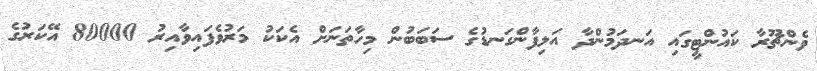
ވެންޗޫރާ ކައުންޓީގައި އަނދަމުންދާ އަލިފާންގަނޑުގެ ސަބަބުން މިހާތަނަށް އެކަކު މަރުވެފައިވާއިރު 80000 އޭކަރުގެ